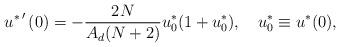
LaTeX: \begin{align*} \left.u^*\right.'(0)=-\frac{2N}{A_d(N+2)}u^*_0(1+u^*_0), \ \ \ u^*_0\equiv u^*(0),\end{align*}